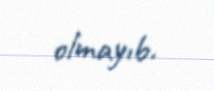
olmayıb.